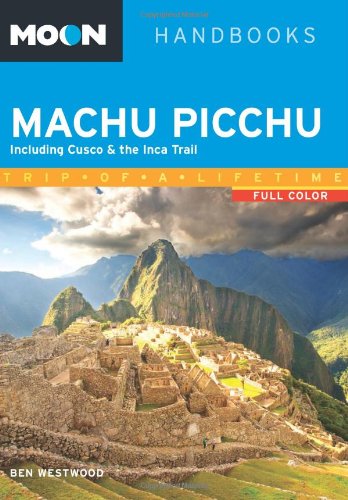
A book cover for Moon Machu Picchu: Including Cusco & the Inca Trail (Moon Handbooks); Ben Westwood; Travel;